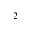
^ 2